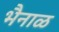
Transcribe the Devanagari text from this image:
भैनाळ